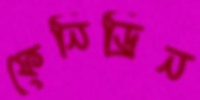
ফেনিড্রিন